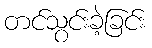
တင်သွင်းခဲ့ခြင်း